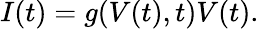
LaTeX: I(t)=g(V(t),t)V(t).